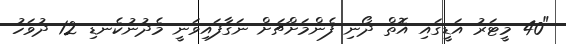
"40 މީޓަރު އަޑީގައި އޮތް ދޯނި ފެންމަށްޗަށް ނަގާފައިވަނީ މެދުނުކެނޑި 12 ދުވަހު